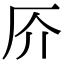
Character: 𠨴